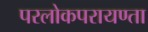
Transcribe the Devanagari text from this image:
परलोकपरायण्ता